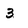
Character: 3